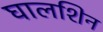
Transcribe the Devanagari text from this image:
घालशिन